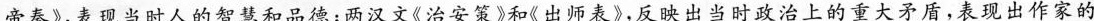
不帝秦》，表现当时人的智慧和品德；两汉文《治安策》和《出师表》，反映出当时政治上的重大矛盾，表现出作家的